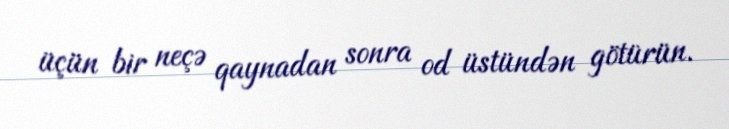
üçün bir neçə qaynadan sonra od üstündən götürün.